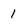
Character: 1